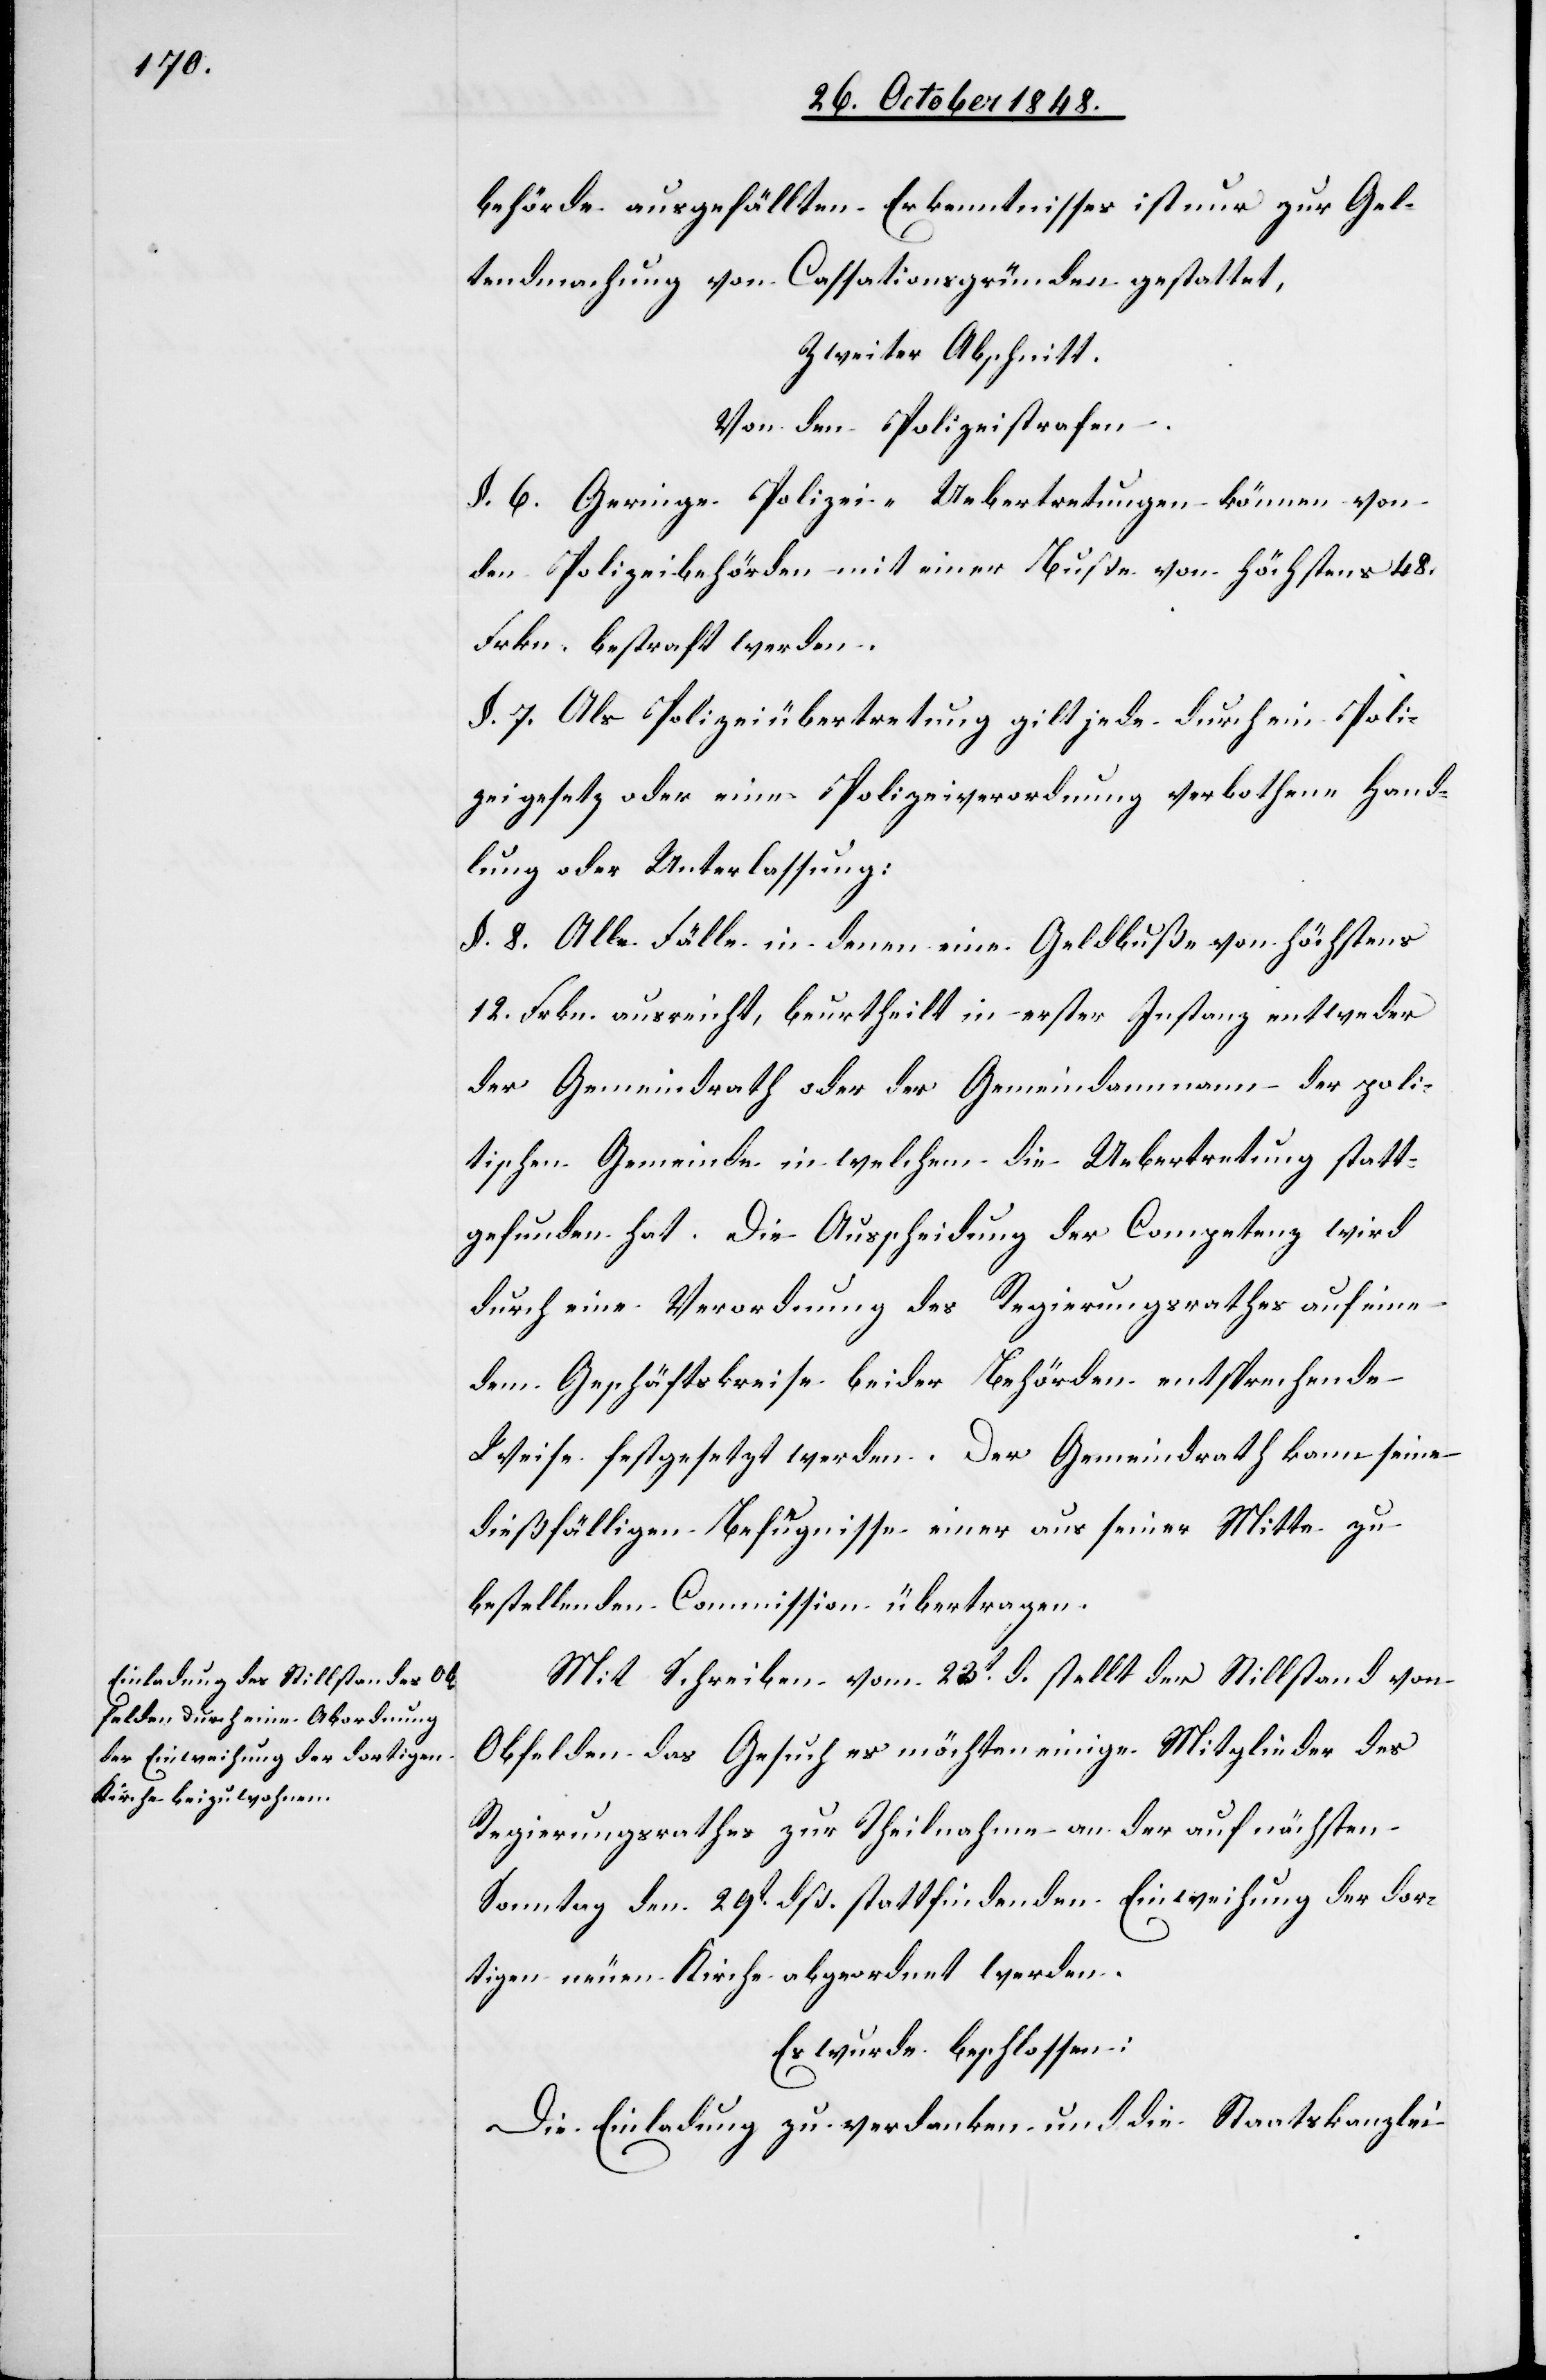
behörde ausgefällten Erkenntnisses ist nur zur Gel¬
tendmachung von Cassationsgründen gestattet,
Zweiter Abschnitt.
Von den Polizeistrafen.
§. 6. Geringe Polizei-Uebertretungen können von
den Polizeibehörden mit einer Buße von höchstens 48.
Frkn. bestraft werden.
§. 7. Als Polizeiübertretung gilt jede durch ein Poli¬
zeigesetz oder eine Polizeiverordnung verbothene Hand¬
lung oder Unterlassung:
§. 8. Alle Fälle in denen eine Geldbuße von höchstens
12. Frkn. ausreicht, beurtheilt in erster Instanz entweder
der Gemeindrath oder der Gemeindammann der polite¬
chnischen Gemeinde [sic!] in welchem die Uebertretung statt¬
gefunden hat. Die Ausscheidung der Competenz wird
durch eine Verordnung des Regierungsrathes auf eine
dem Geschäftskreise beider Behörden entsprechende
Weise festgesetzt werden. Der Gemeindrath kann seine
dießfälligen Befugnisse einer aus seiner Mitte zu
bestellenden Commission übertragen.
Mit Schreiben vom 23t d. stellt der Stillstand von
Obfelden das Gesuch es möchten einige Mitglieder des
Regierungsrathes zur Theilnahme an der auf nächsten
Sonntag den 29t dß. stattfindenden Einweihung der dor¬
tigen neuen Kirche abgeordnet werden.
Es wurde beschlossen:
Die Einladung zu verdanken und die Staatskanzlei